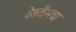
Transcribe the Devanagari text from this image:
वेबकॅमचा